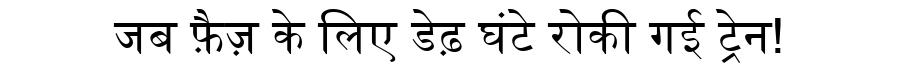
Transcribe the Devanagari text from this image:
जब फ़ैज़ के लिए डेढ़ घंटे रोकी गई ट्रेन!